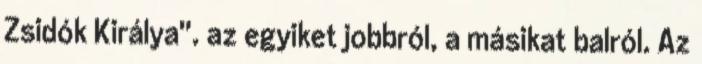
Zsidók Királya''. az egyiket jobbról, a másikat balról. Az